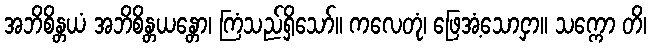
အဘိစိန္တယံ အဘိစိန္တယန္တော၊ ကြံသည်ရှိသော်။ ကလေတုံ၊ ဖြေအံ့သောငှာ။ သက္ကော တိ၊